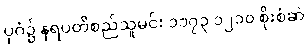
ပုဂံ၌ နရပတိစည်သူမင်း ၁၁၇၃ ၁၂၁၀ စိုးစံဆဲ